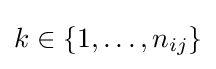
k\in \{1,\ldots ,n_{ij}\}